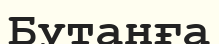
Бутанға